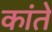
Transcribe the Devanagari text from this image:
कांते